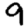
Digit: 9